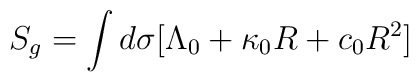
S_g = \int d\sigma \big{[}\Lambda_0 + \kappa_0 R + c_0 R^2 \big{]}